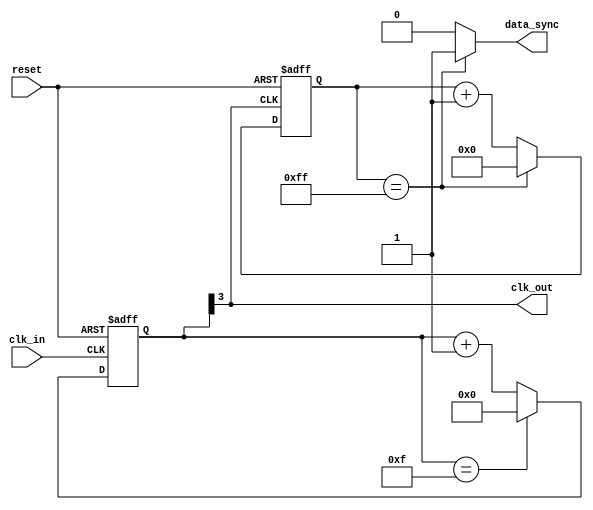
module timing_control_and_sync (
  // Input signals
  input wire clk_in,
  input wire reset,

  // Output signals
  output wire clk_out,
  output wire data_sync
);

// Clock generation
reg [3:0] counter;
always @(posedge clk_in or posedge reset) begin
  if (reset) begin
    counter <= 0;
  end else begin
    if (counter == 4'b1111) begin
      counter <= 0;
    end else begin
      counter <= counter + 1;
    end
  end
end

assign clk_out = counter[3];

// Delay circuit
reg [7:0] delay_counter;
always @(posedge clk_out or posedge reset) begin
  if (reset) begin
    delay_counter <= 0;
  end else begin
    if (delay_counter == 8'd255) begin
      delay_counter <= 0;
    end else begin
      delay_counter <= delay_counter + 1;
    end
  end
end

// Data synchronization
always @* begin
  if (delay_counter == 8'd255) begin
    data_sync = 1'b1;
  end else begin
    data_sync = 1'b0;
  end
end

endmodule